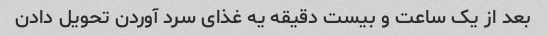
بعد از یک ساعت و بیست دقیقه یه غذای سرد آوردن تحویل دادن